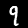
Label: 9